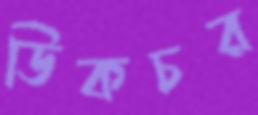
ডিকচর